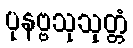
ပုနဗ္ဗသုသုတ္တံ